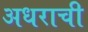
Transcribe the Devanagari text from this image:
अधराची